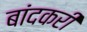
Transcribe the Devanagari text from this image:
बांदकरी